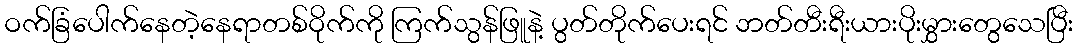
ဝက်ခြံပေါက်နေတဲ့နေရာတစ်ဝိုက်ကို ကြက်သွန်ဖြူနဲ့ ပွတ်တိုက်ပေးရင် ဘတ်တီးရီးယားပိုးမွှားတွေသေပြီး